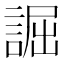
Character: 誳